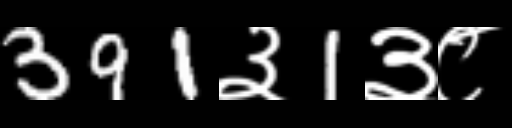
Text: 391३1३८